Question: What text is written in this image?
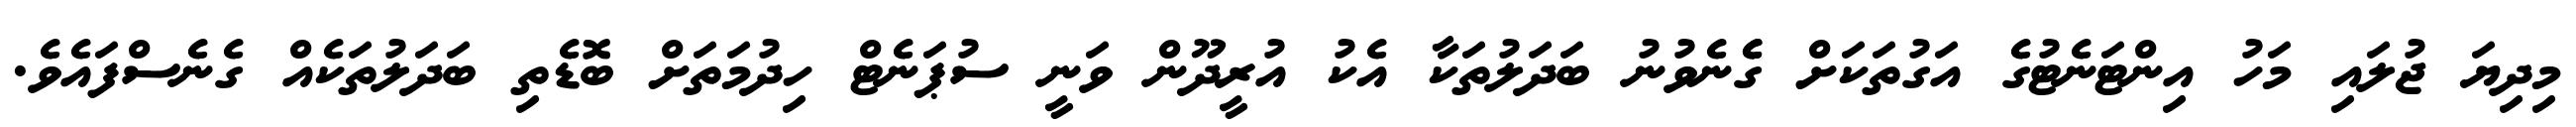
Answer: މިދިޔަ ޖުލައި މަހު އިންޓަނެޓުގެ އަގުތަކަށް ގެެނެވުނު ބަދަލުތަކާ އެކު އުރީދޫން ވަނީ ސުޕަނެޓް ހިދުމަތަށް ބޮޑެތި ބަދަލުތަކެއް ގެނެސްފައެވެ.